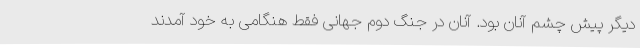
دیگر پیش چشم آنان بود. آنان در جنگ دوم جهانی فقط هنگامی به خود آمدند